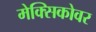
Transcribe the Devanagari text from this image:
मेक्सिकोवर